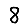
Digit: 8